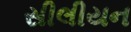
સીલીયન